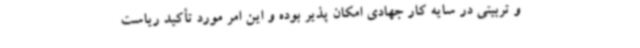
و تربیتی در سایه کار جهادی امکان پذیر بوده و این امر مورد تأکید ریاست